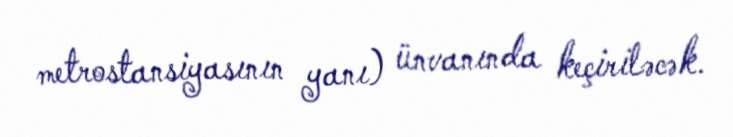
metrostansiyasının yanı) ünvanında keçiriləcək.